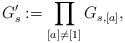
LaTeX: \begin{align*} G_s' : = \prod_{[a]\neq [ 1]} G_{s,[a]},\end{align*}